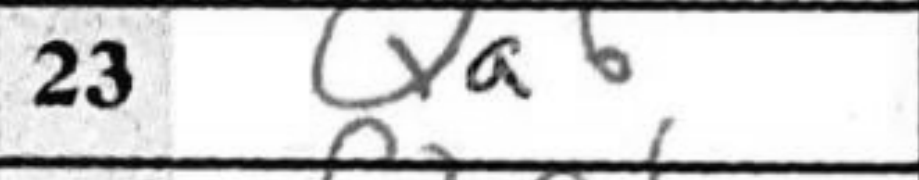
Transcription: Qa6